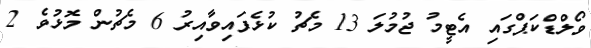
ވޯލްޑްކަޕްގައި އެޓީމު ޖުމުލަ 13 މެޗު ކުޅެފައިވާއިރު 6 މެޗުން މޮޅުވެ 2